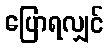
ပြောရလျှင်